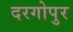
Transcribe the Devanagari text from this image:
दरगोपुर